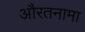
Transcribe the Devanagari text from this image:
औरतनामा